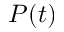
P ( t )